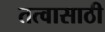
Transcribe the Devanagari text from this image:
तत्वासाठी